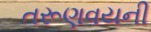
તરૂણવયની